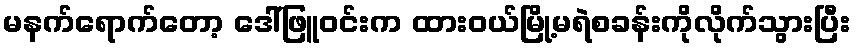
မနက်ရောက်တော့ ဒေါ်ဖြူဝင်းက ထားဝယ်မြို့မရဲစခန်းကိုလိုက်သွားပြီး